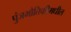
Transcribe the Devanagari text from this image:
पुंजभौतिकीमधील